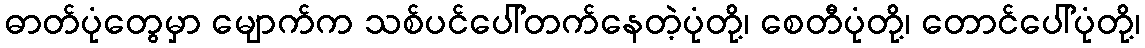
ဓာတ်ပုံတွေမှာ မျောက်က သစ်ပင်ပေါ်တက်နေတဲ့ပုံတို့၊ စေတီပုံတို့၊ တောင်ပေါ်ပုံတို့၊